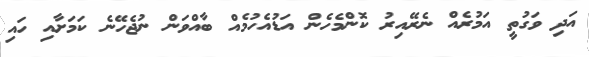
އަދި ވަގުތީ އަމުރެއް ނެރޭއިރު ކޮންމެހެން އަޑުއެހުމެއް ބާއްވަން ނުޖެހޭނެ ކަމަށާއި ހައި